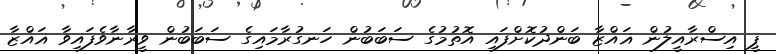
ޕީ އިސްރާއީލުން ޣައްޒާ ބަންދުކޮށްފައި އޮތުމުގެ ސަބަބުން ހަނގުރާމައިގެ ސަބަބުން ވީރާނާވެފައިވާ ޣައްޒާ